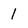
Character: 1